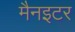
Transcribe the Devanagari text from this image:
मैनइटर